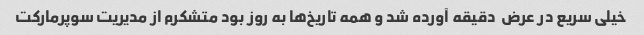
خیلی سریع در عرض  دقیقه آورده شد و همه تاریخ‌ها به روز بود متشکرم از مدیریت سوپرمارکت